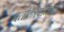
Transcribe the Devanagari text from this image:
पतत्त्रिपतिना